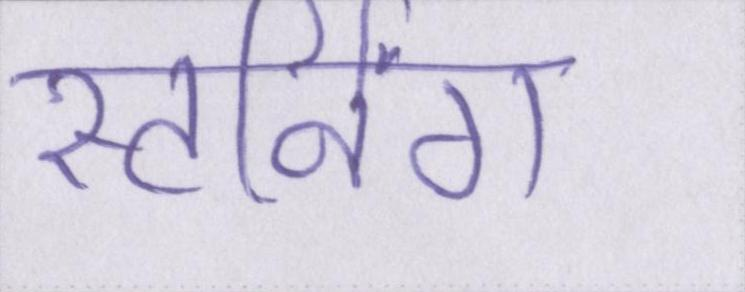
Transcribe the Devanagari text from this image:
स्टर्निंग